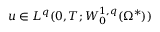
u \in L ^ { q } ( 0 , T ; W _ { 0 } ^ { 1 , q } ( \Omega ^ { * } ) )